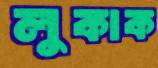
লুকাক